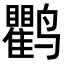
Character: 𬸱